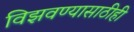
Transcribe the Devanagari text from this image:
विझवण्यासाठीही